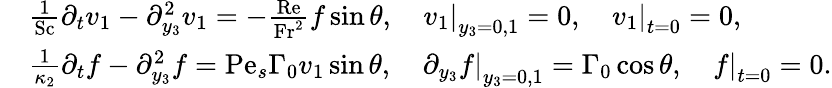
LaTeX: \begin{array}{rl}&{\frac{1}{\mathrm{Sc}}\partial_{t}v_{1}-\partial_{y_{3}}^{2}v_{1}=-\frac{\mathrm{Re}}{\mathrm{Fr}^{2}}f\sin\theta,\quad\left.v_{1}\right|_{y_{3}=0,1}=0,\quad\left.v_{1}\right|_{t=0}=0,}\\ &{\frac{1}{\kappa_{2}}\partial_{t}f-\partial_{y_{3}}^{2}f=\mathrm{Pe}_{s}\Gamma_{0}v_{1}\sin\theta,\quad\left.\partial_{y_{3}}f\right|_{y_{3}=0,1}=\Gamma_{0}\cos\theta,\quad\left.f\right|_{t=0}=0.}\end{array}